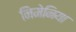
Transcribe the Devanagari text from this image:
निमेनिया